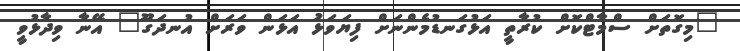
"މިގޮތަށް ސްމާޓްކޮށް ކުރާތީ އަޅުގަނޑުމެންނަށް ފިޔަވަޅު އަޅަން ވަރަށް އުނދަގޫ" އޭނާ ވިދާޅުވީ